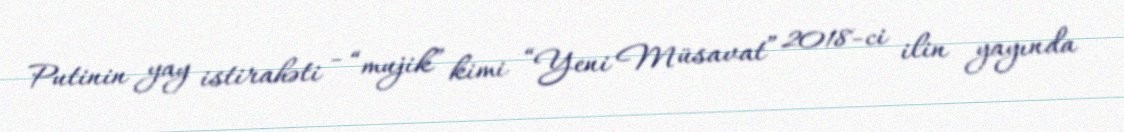
Putinin yay istirahəti - “mujik” kimi “Yeni Müsavat” 2018-ci ilin yayında